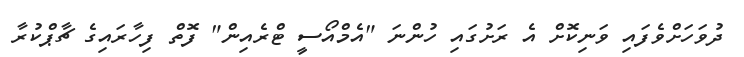
ދުވަހަށްވެފައި ވަނިކޮށް އެ ރަށުގައި ހުންނަ "އެމްއޯސީ ޓްރެއިން" ފޮތް ފިހާރައިގެ ޗާޕްކުރާ